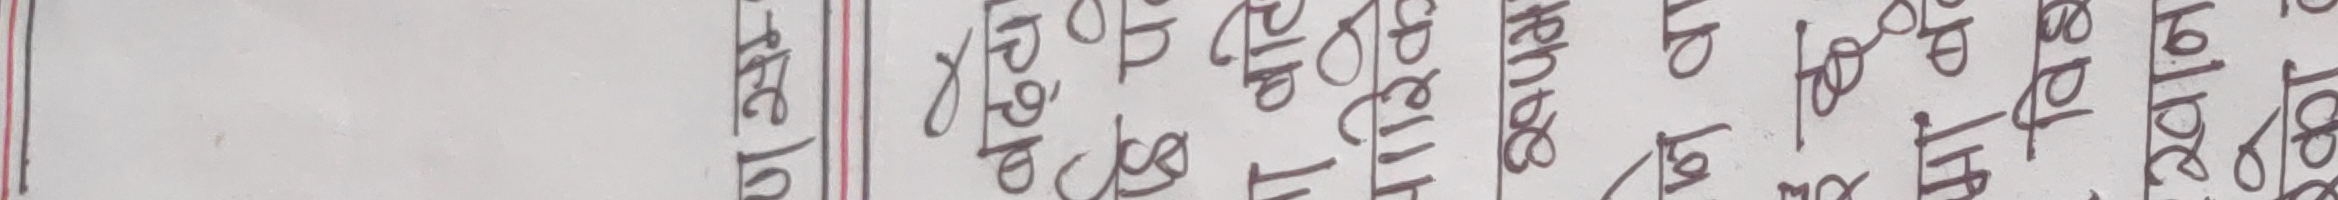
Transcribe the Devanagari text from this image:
पण सम्
बढ्‌दो
हि प
बटि
पारिक
२१पम
ने वा
ईद
मा बन
विश्
खान
रको व